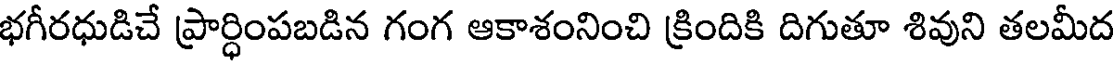
భగీరధుడిచే ప్రార్ధింపబడిన గంగ ఆకాశంనించి క్రిందికి దిగుతూ శివుని తలమీద